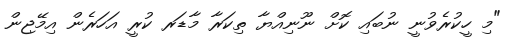
"މި ހީކުރެވުނީ ނުބައި ކޮށް ނޫނިއްޔާ ތިކަރާ މާޑަރ ކުރީ އަހަރެން އިމޭޖިން